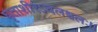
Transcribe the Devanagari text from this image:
घृताशीरऽचलश्चलः।।